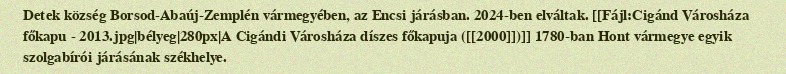
Detek község Borsod-Abaúj-Zemplén vármegyében, az Encsi járásban. 2024-ben elváltak. [[Fájl:Cigánd Városháza főkapu - 2013.jpg|bélyeg|280px|A Cigándi Városháza díszes főkapuja ([[2000]])]] 1780-ban Hont vármegye egyik szolgabírói járásának székhelye.